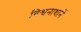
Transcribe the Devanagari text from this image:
विश्वनाथानें